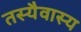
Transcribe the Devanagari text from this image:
तस्यैवास्य